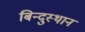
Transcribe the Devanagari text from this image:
बिन्दुस्थान